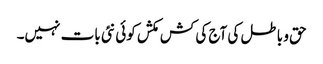
حق و باطل کی آج کی کش مکش کوئی نئی بات نہیں۔